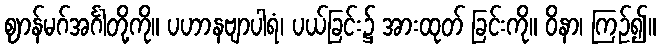
ဈာန်မဂ်အင်္ဂါတို့ကို။ ပဟာနဗျာပါရံ၊ ပယ်ခြင်း၌ အားထုတ် ခြင်းကို။ ဝိနာ၊ ကြဉ်၍။